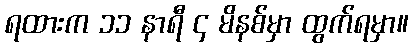
ရထားက ၁၁ နာရီ ၄ မိနစ်မှာ ထွက်ရမှာ။